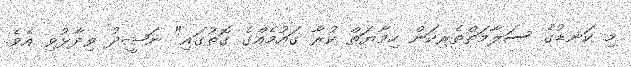
މި ކަނޑުގެ ސަލާމަތްތެރިކަން ހިމާޔަތް ކުރާ ގައުމެއްގެ ގޮތުގައި" ނަޝީދު ވިދާޅުވި އެވެ.